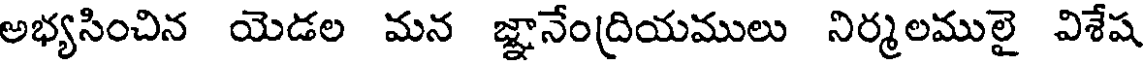
అభ్యసించిన యెడల మన జ్ఞానేంద్రియములు నిర్మలములై విశేష